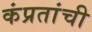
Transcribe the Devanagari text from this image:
कंप्रतांची